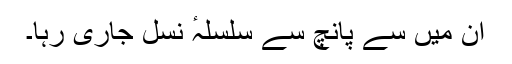
ان میں سے پانچ سے سلسلہٴ نسل جاری رہا۔